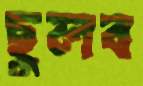
ছুলব